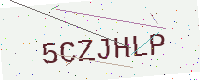
Text: 5CZJHLP